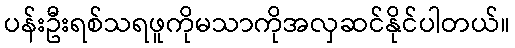
ပန်းဦးရစ်သရဖူကိုမသာကိုအလှဆင်နိုင်ပါတယ်။